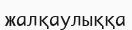
жалқаулыққа